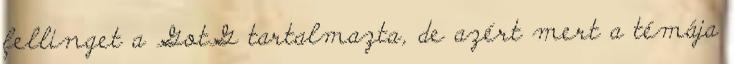
fellinget a GotG tartalmazta, de azért mert a témája